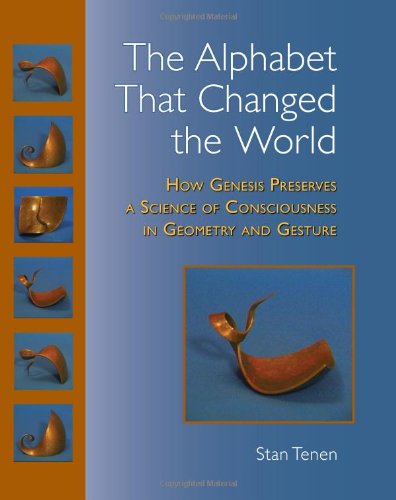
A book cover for The Alphabet That Changed the World: How Genesis Preserves a Science of Consciousness in Geometry and Gesture; Stan Tenen; Politics & Social Sciences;